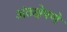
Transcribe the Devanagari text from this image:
अंतक्षेपणे